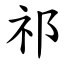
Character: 祁